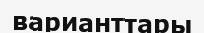
варианттары